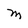
Character: M